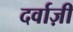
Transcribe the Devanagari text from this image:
दर्वाज़ी